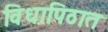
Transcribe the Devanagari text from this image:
विधापिठात